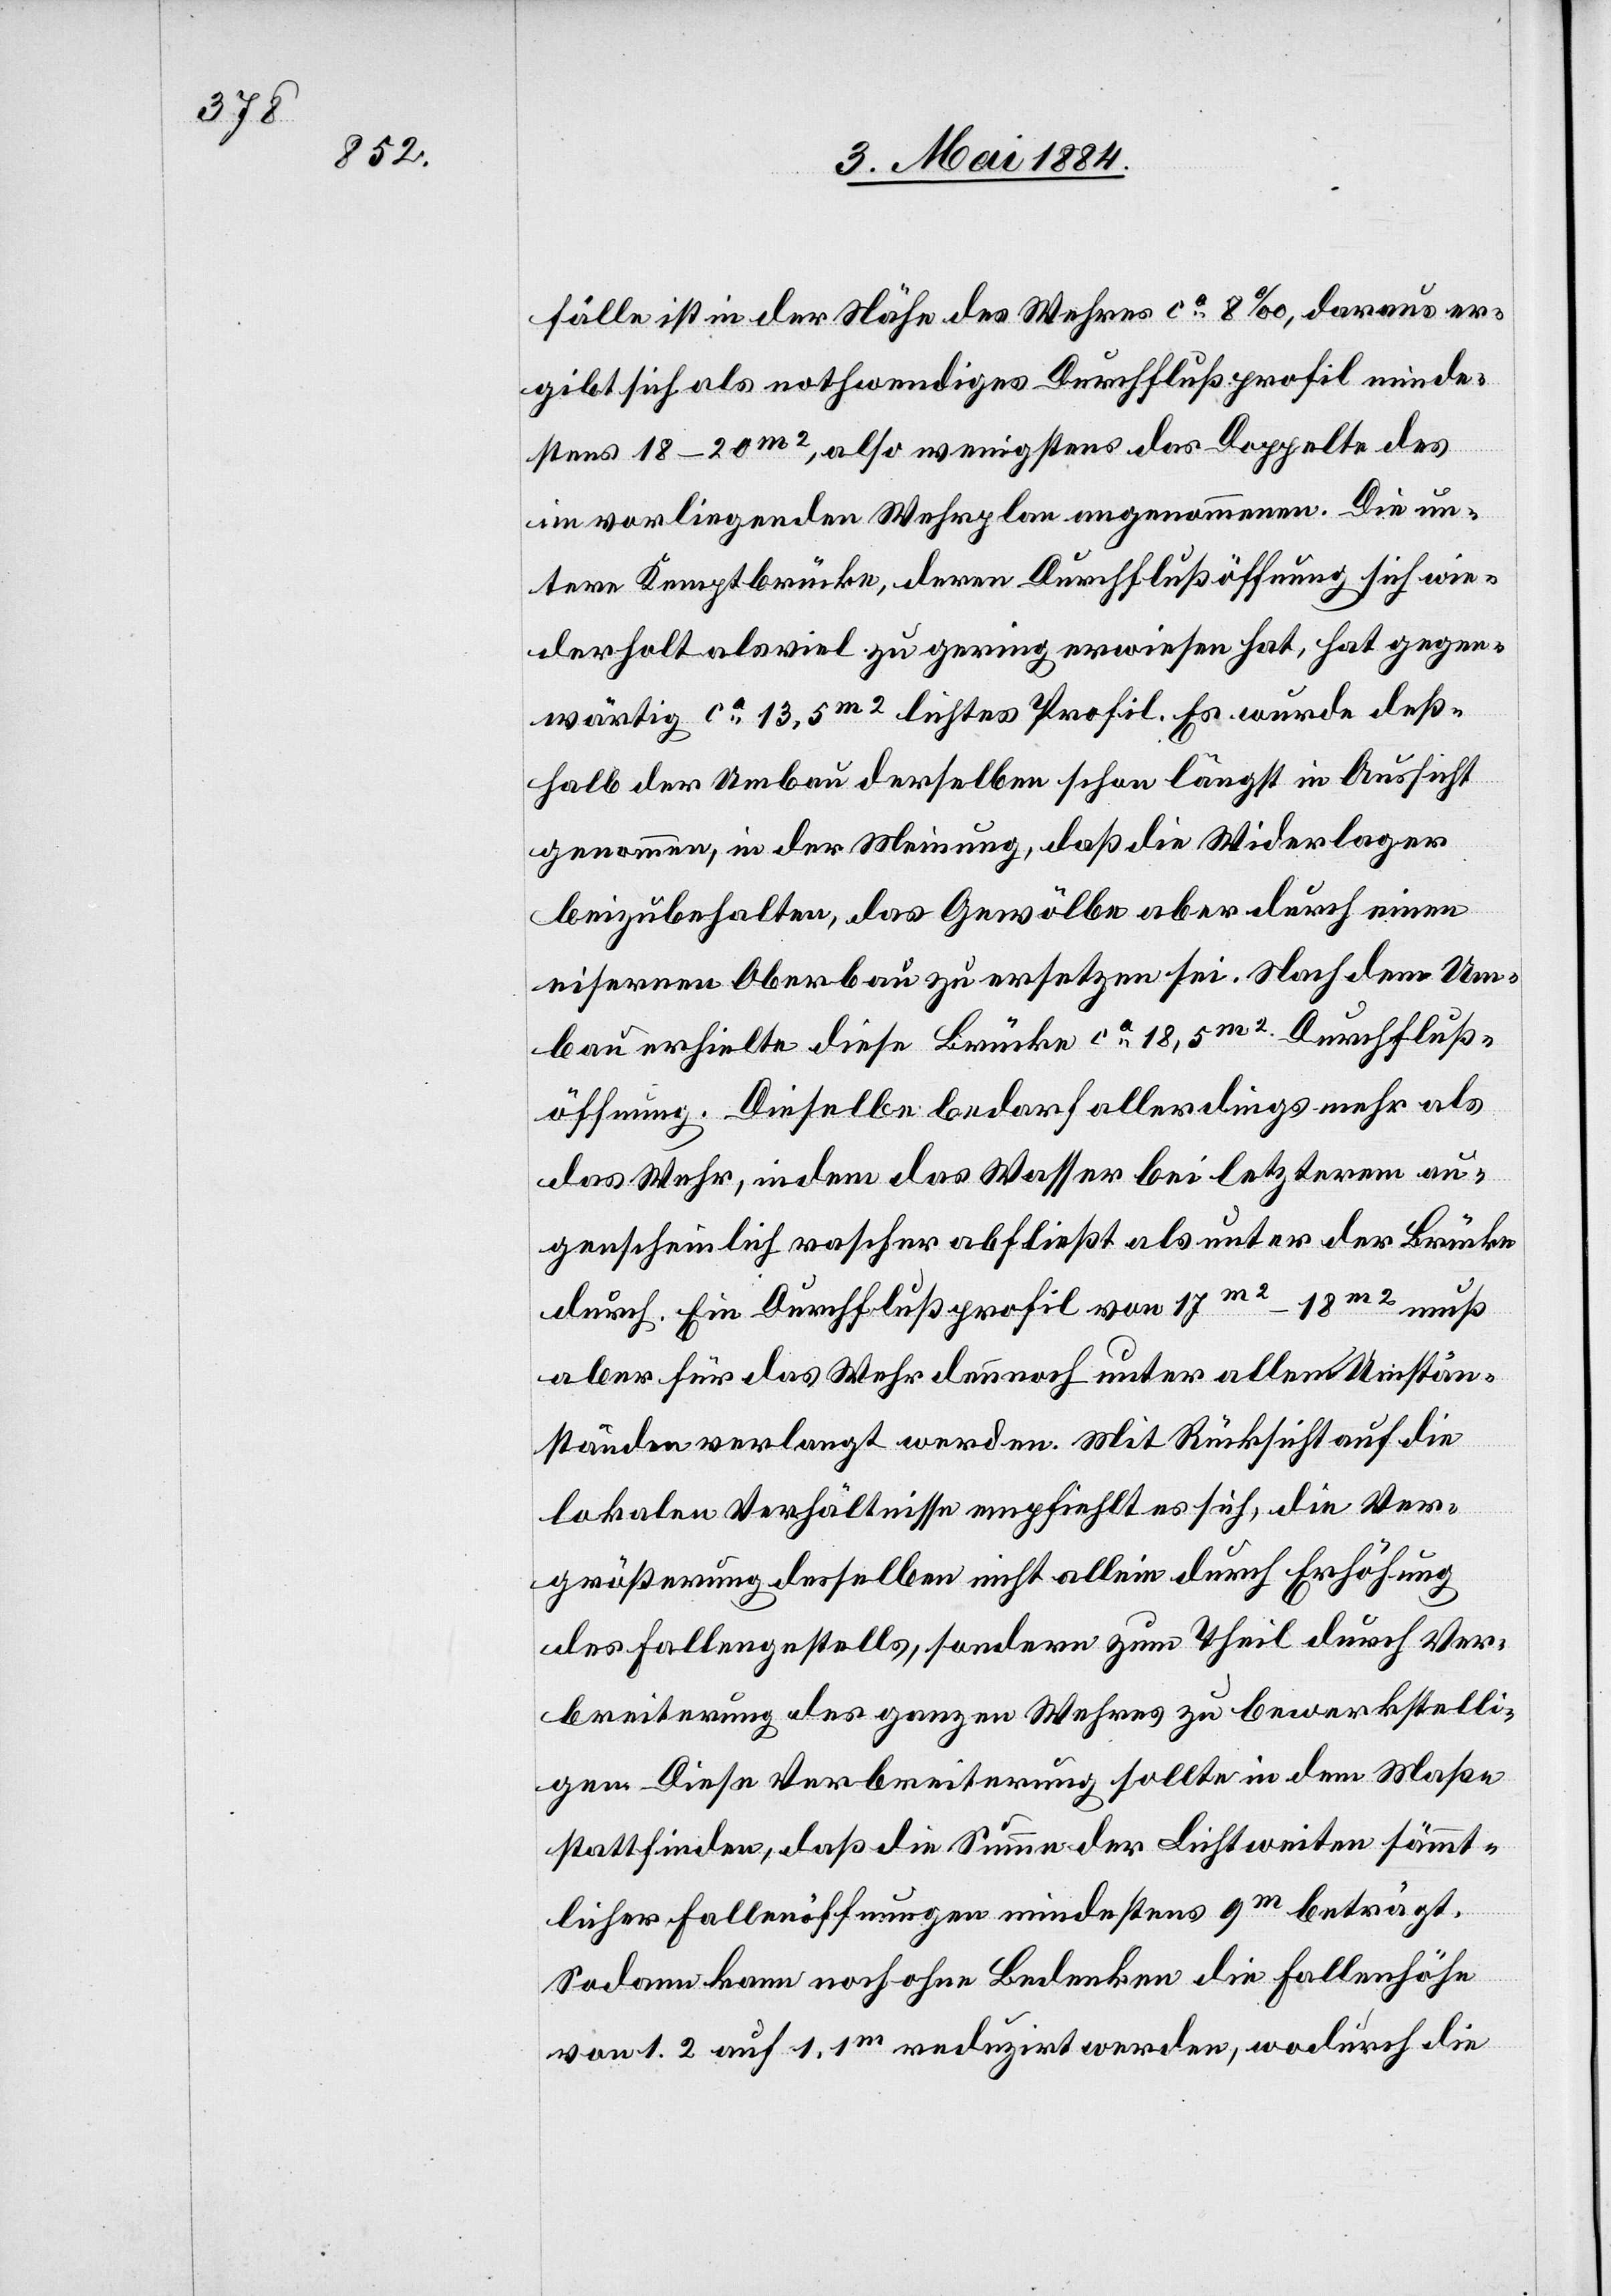
fälle ist in der Nähe des Wehres ca 8‰, daraus er¬
gibt sich als nothwendiges Durchflußprofil minde¬
stens 18–20m2, also wenigstens das Doppelte des
im vorliegenden Wehrplan angenommene. Die un¬
tere Kemptbrücke, deren Durchflußöffnung sich wie¬
derholt als viel zu gering erwiesen hat, hat gegen¬
wärtig ca13,5m2 lichtes Profil. Es wurde deß¬
halb der Umbau derselben schon längst in Aussicht
genommen, in der Meinung, daß die Widerlager
beizubehalten, das Gewölbe aber durch einen
eisernen Oberbau zu ersetzen sei. Nach dem Um¬
bau erhielte diese Brücke ca 18,5m2 Durchfluß¬
öffnung. Dieselbe bedarf allerdings mehr als
das Wehr, indem das Wasser bei letzterem au¬
genscheinlich rascher abfließt als unter der Brücke
durch. Ein Durchflußprofil von 17m2–18m2 muß
aber für das Wehr dennoch unter allen Umstä¬
nden verlangt werden. Mit Rücksicht auf die
lokalen Verhältnisse empfiehlt es sich, die Ver¬
größerung desselben nicht allein durch Erhöhung
des Fallengestells, sondern zum Theil durch Ver¬
breiterung des ganzen Wehres zu bewerkstelli¬
gen. Diese Verbreiterung sollte in dem Maße
stattfinden, daß die Summe der Lichtweite sämmt¬
licher Fallenöffnungen mindestens 9m beträgt.
Sodann kann noch ohne Bedenken die Fallenhöhe
von 1,2 auf 1,1m reduzirt werden, wodurch die